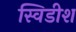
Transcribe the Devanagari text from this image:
स्विडीश